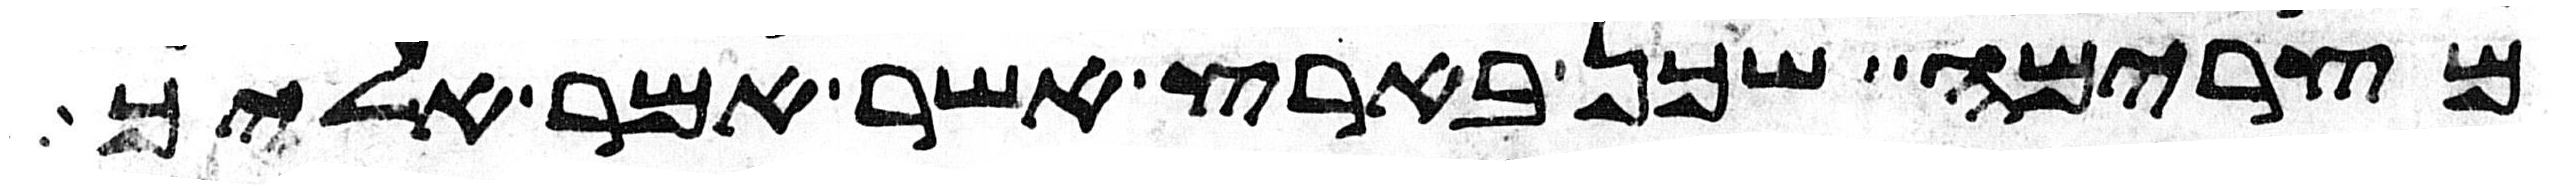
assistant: מצרימה שכן בארץ אשר אמר אליך